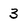
Character: 3